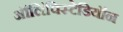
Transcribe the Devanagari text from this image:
ऑलिंपिस्टेडियॉन